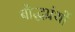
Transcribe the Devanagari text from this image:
बौद्धग्रंथों